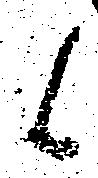
候